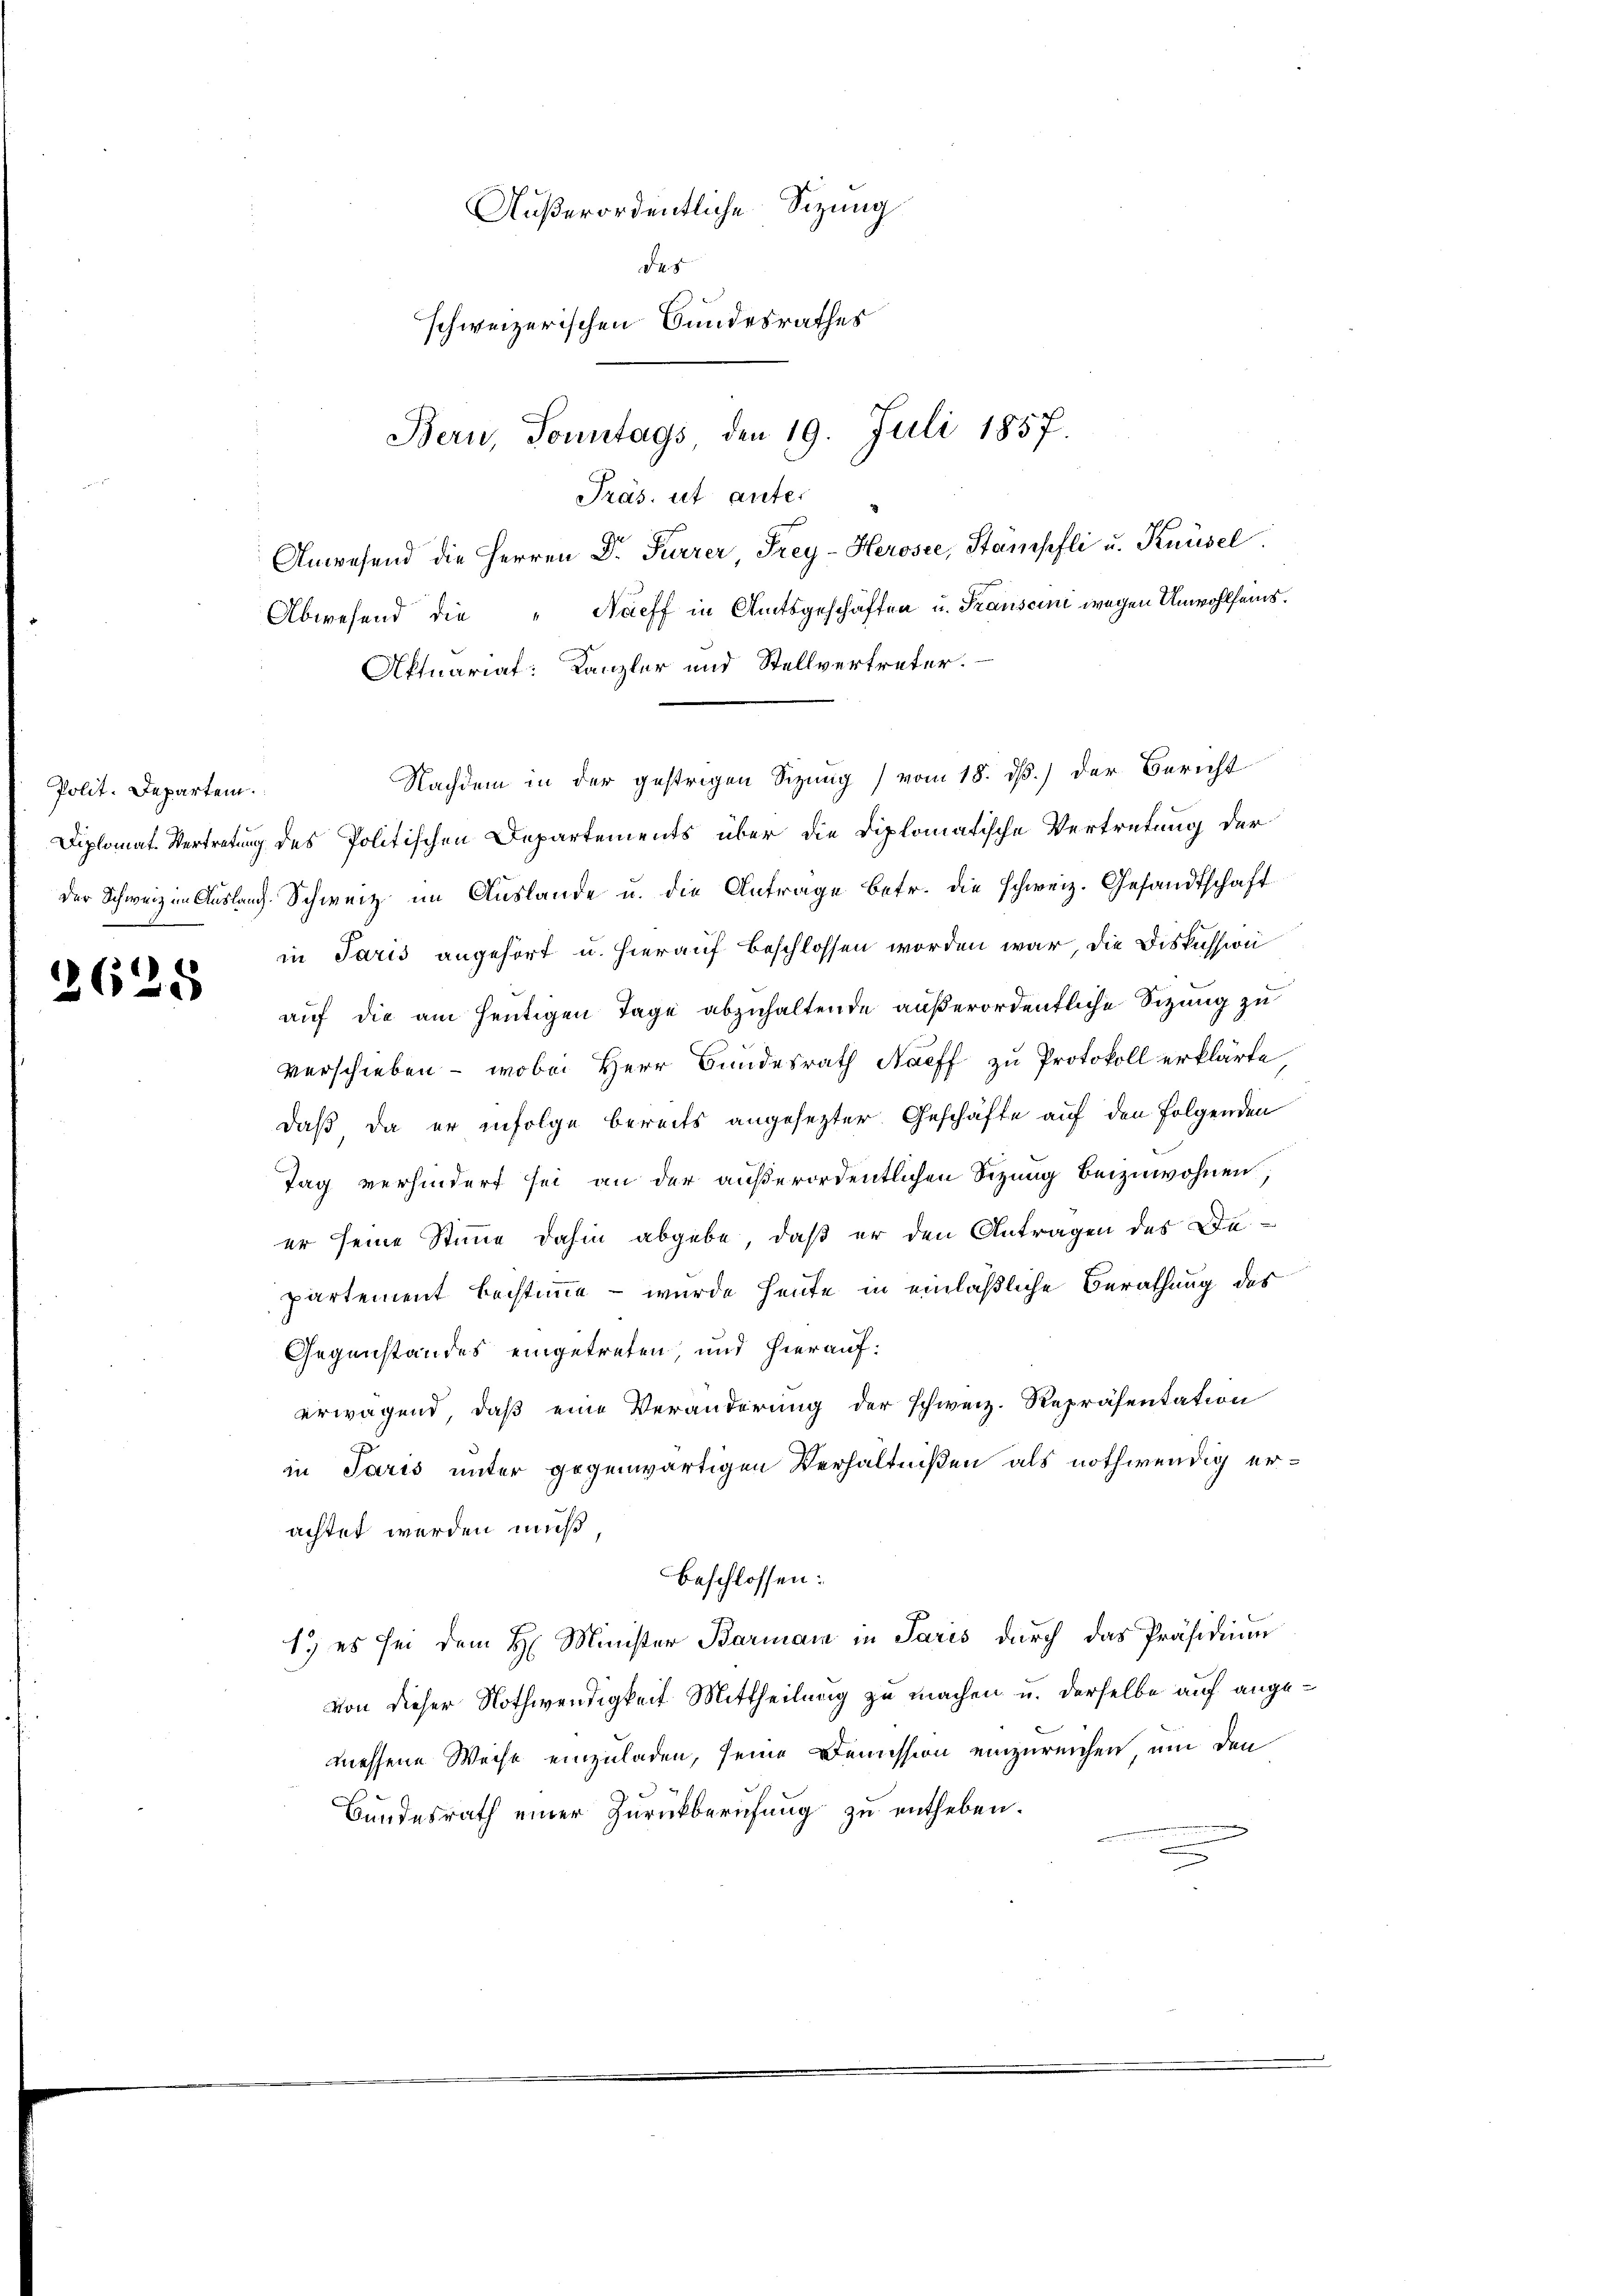
Polit. Departem

2628

Außerordentliche Sitzung
des
schweizerischen Bundesrathes
Bern, Sonntags den 19. Juli 1857.
Präs. ut anter
Anwesend die Herren Dr. Furrer, Frey-Herosee, Stampfli u. Knüsel
Abwesend die „Naeff in Amtsgeschäften u. Trausein wegen Unwohlfeins.

Diplomat. Vertretung des Politischen Departements über die Diplomatische Vertretung der
der Schweiz in Auslang. Schweiz im Auslande u. die Antrage betr. die schweiz. Gesandtschaft
in Paris angehört u. hierauf beschlossen worden war, die Diskussion
auf die am heutigen Tage abzuhaltende außerordentliche Sizung zu
verschieben - wobei Herr Bundesrath Naeff zu Protokoll erklärte,
daß da er infolge bereits angesezter Geschäfte auf den Folgenden
Tag verhindert sei an der außerordentlichen Sizung beizuwohnen,
er seine Stimme dahin abgebe, daß er den Antragen des De-
partement bestimme – wurde heute in einläßliche Berathung des
Gegenstandes eingetreten, und hierauf:
erwagend, daß eine Veränderung der schweiz. Repräsentation
in Paris unter gegenwärtigen Verhältnißen als nothwendig erachtet werden muß,
beschlossen:
1.) es sei dem H. Minister Barmann in Paris durch das Präsidium
von dieser Nothwendigkeit Mittheilung zu machen u. derselbe auf angemessene Weise einzuladen, seine Demission einzureichen, um den
Bundesrath einer Zurückberufung zu entheben.

Aktuariat: Kanzler und Stellvertreter.
Nachdem in der gestrigen Sitzung vom 18. ds.) der Bericht